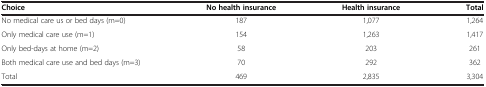
<table><thead><tr><td><b>Choice</b></td><td><b>No health insurance</b></td><td><b>Health insurance</b></td><td><b>Total</b></td></tr></thead><tbody><tr><td>No medical care us or bed days (m=0)</td><td>187</td><td>1,077</td><td>1,264</td></tr><tr><td>Only medical care use (m=1)</td><td>154</td><td>1,263</td><td>1,417</td></tr><tr><td>Only bed-days at home (m=2)</td><td>58</td><td>203</td><td>261</td></tr><tr><td>Both medical care use and bed days (m=3)</td><td>70</td><td>292</td><td>362</td></tr><tr><td>Total</td><td>469</td><td>2,835</td><td>3,304</td></tr></tbody></table>